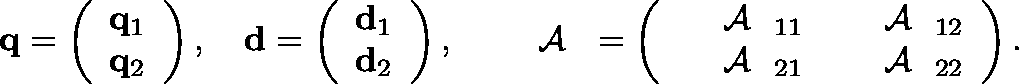
\begin{array} { r } { { \bf q } = \left( \begin{array} { l } { { \bf q } _ { 1 } } \\ { { \bf q } _ { 2 } } \end{array} \right) , \quad { \bf d } = \left( \begin{array} { l } { { \bf d } _ { 1 } } \\ { { \bf d } _ { 2 } } \end{array} \right) , \quad \mathrm { ~ \boldmath ~ { ~ \cal ~ A ~ } ~ } = \left( \begin{array} { l l } { \mathrm { ~ \boldmath ~ { ~ \cal ~ A ~ } ~ } _ { 1 1 } } & { \mathrm { ~ \boldmath ~ { ~ \cal ~ A ~ } ~ } _ { 1 2 } } \\ { \mathrm { ~ \boldmath ~ { ~ \cal ~ A ~ } ~ } _ { 2 1 } } & { \mathrm { ~ \boldmath ~ { ~ \cal ~ A ~ } ~ } _ { 2 2 } } \end{array} \right) . } \end{array}